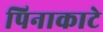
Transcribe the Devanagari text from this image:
पिनाकाटे